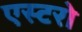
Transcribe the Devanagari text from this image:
एस्टरो